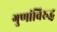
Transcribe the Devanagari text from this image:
गुणांविरुद्ध